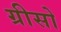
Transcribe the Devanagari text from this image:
ग्रीसो